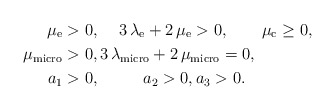
\begin{align*}\mu_{\rm e}&>0, \quad\, 3\,\lambda_{\rm e}+2\,\mu_{\rm e}>0, \qquad\mu_{\rm c}\geq 0,\\\mu_{\rm micro}&>0, 3\,\lambda_{\rm micro}+2\,\mu_{\rm micro}=0, \\ a_1&>0, \qquad\ \ a_2>0, a_3> 0.\end{align*}